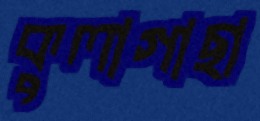
কুলাগাছা